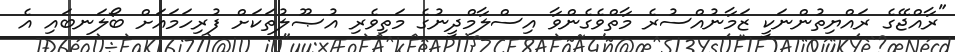
"ރާއްޖޭގެ ރައްޔިތުންނަކީ ޒަމާނުއްސުރެ މާތްވެގެންވާ އިސްލާމްދީނުގެ މަތިވެރި އުޞޫލުތަކަށް ފުރިހަމައަށް ބޯލަނބައި އެ